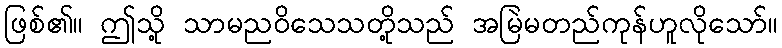
ဖြစ်၏။ ဤသို့ သာမညဝိသေသတို့သည် အမြဲမတည်ကုန်ဟူလိုသော်။